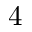
4